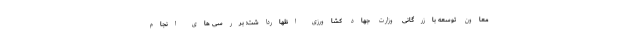
معاون توسعه بازرگانی وزارت جهاد کشاورزی اظهارداشت: بررسی های انجام